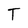
Character: T